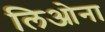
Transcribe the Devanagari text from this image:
लिओना